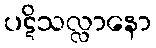
ပဋိသလ္လာနော